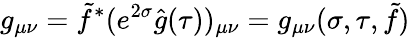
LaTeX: g_{\mu\nu}=\tilde{f}^{*}(e^{2\sigma}\hat{g}(\tau))_{\mu\nu}=g_{\mu\nu}(\sigma,\tau,\tilde{f})